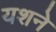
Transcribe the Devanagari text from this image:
यशने